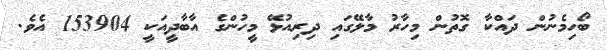
ބޯހިމެނުން ދައްކާ ގޮތުން މިހާރު މާލޭގައި ދިރިއުޅޭ މީހުންގެ އާބާދީއަކީ 153904 އެވެ.